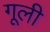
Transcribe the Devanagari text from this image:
गूली